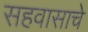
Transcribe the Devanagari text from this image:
सहवासाचे